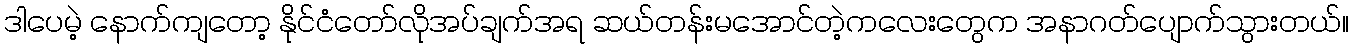
ဒါပေမဲ့ နောက်ကျတော့ နိုင်ငံတော်လိုအပ်ချက်အရ ဆယ်တန်းမအောင်တဲ့ကလေးတွေက အနာဂတ်ပျောက်သွားတယ်။